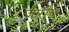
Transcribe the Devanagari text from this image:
जारीच